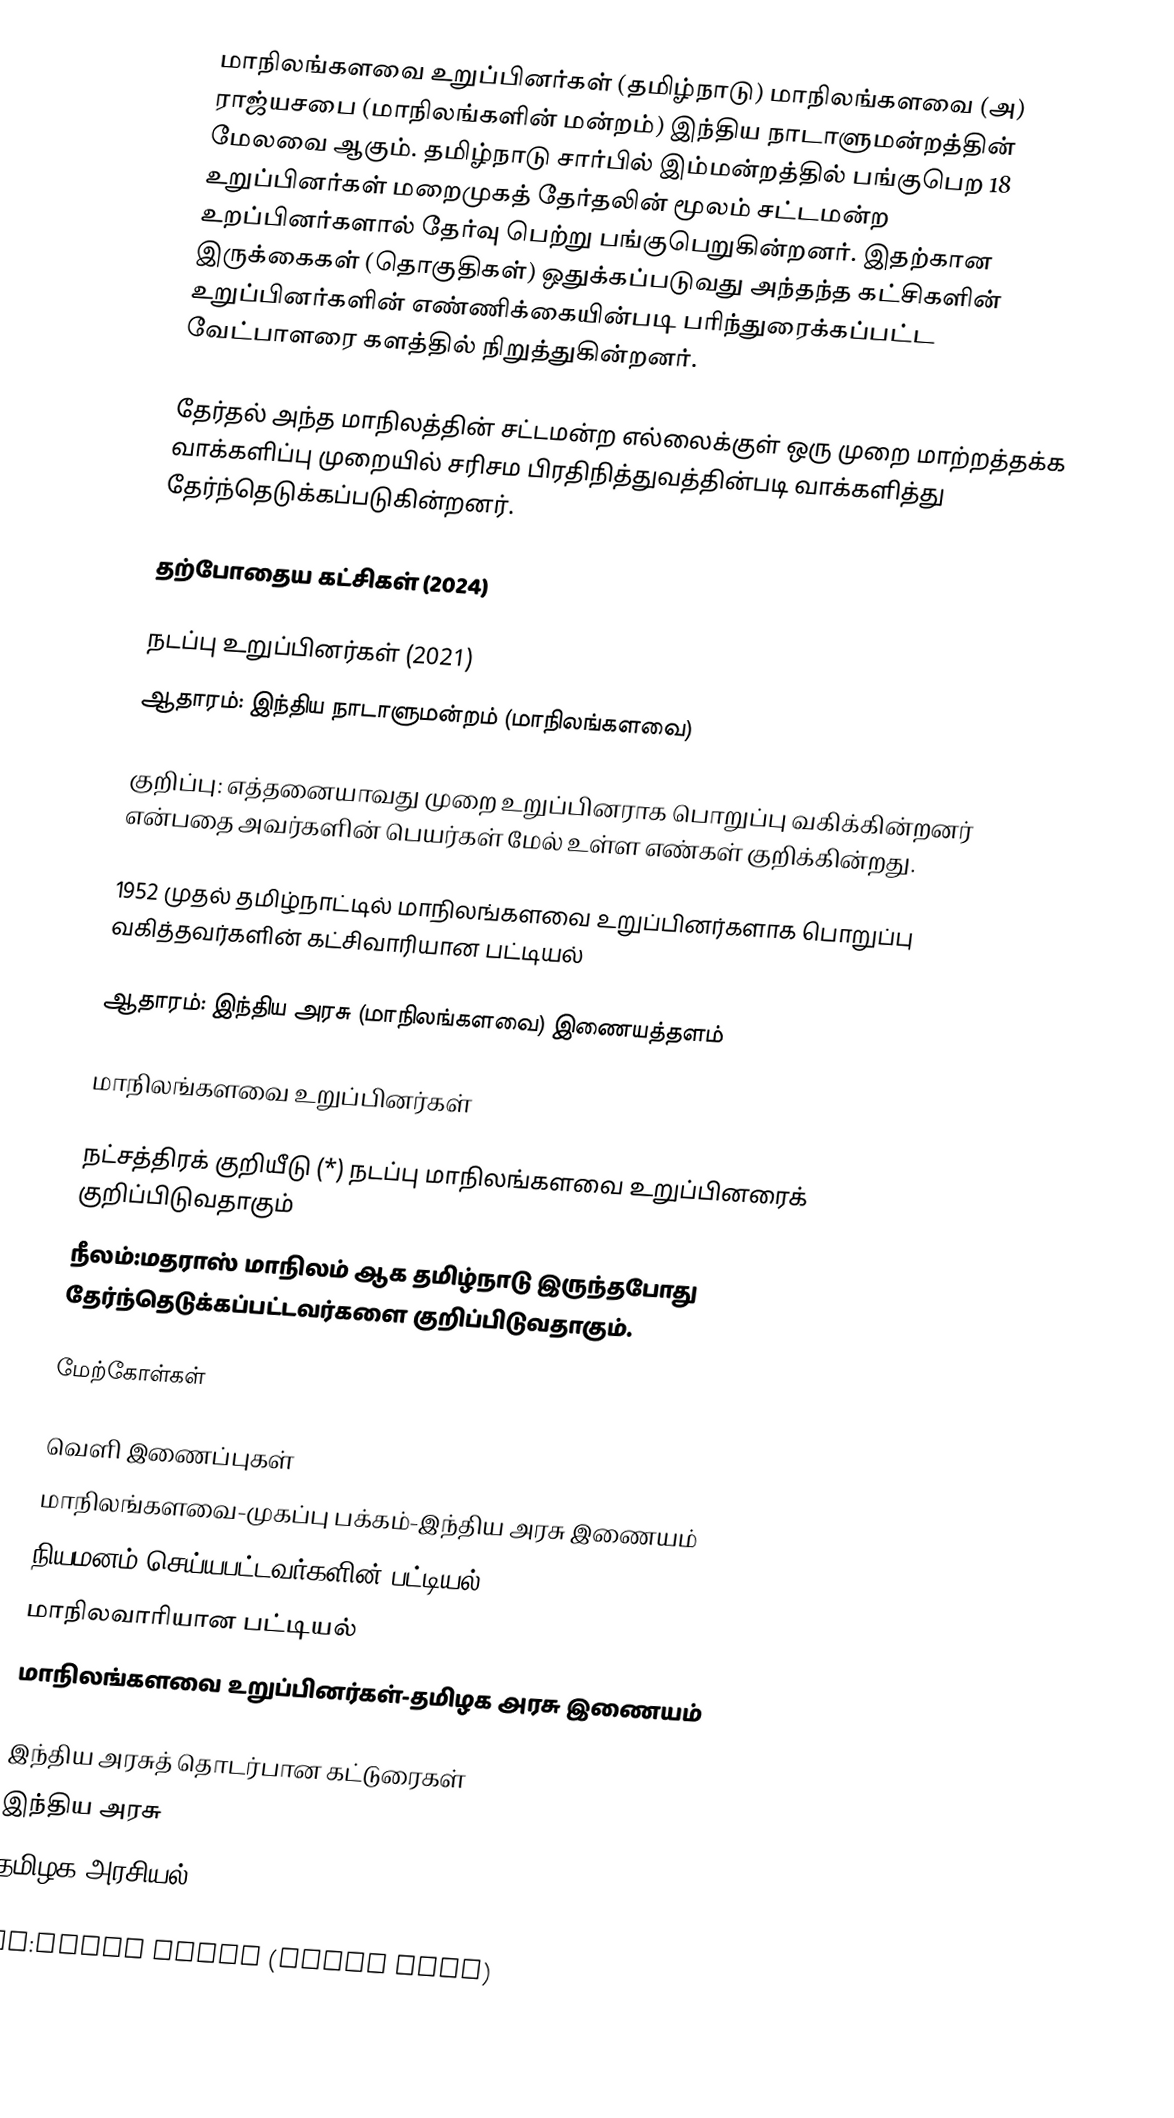
மாநிலங்களவை உறுப்பினர்கள் (தமிழ்நாடு) மாநிலங்களவை (அ) ராஜ்யசபை (மாநிலங்களின் மன்றம்) இந்திய நாடாளுமன்றத்தின் மேலவை ஆகும். தமிழ்நாடு சார்பில் இம்மன்றத்தில் பங்குபெற 18 உறுப்பினர்கள் மறைமுகத் தேர்தலின் மூலம் சட்டமன்ற உறப்பினர்களால் தேர்வு பெற்று பங்குபெறுகின்றனர். இதற்கான இருக்கைகள் (தொகுதிகள்) ஒதுக்கப்படுவது அந்தந்த கட்சிகளின் உறுப்பினர்களின் எண்ணிக்கையின்படி பரிந்துரைக்கப்பட்ட வேட்பாளரை களத்தில் நிறுத்துகின்றனர்.

தேர்தல் அந்த மாநிலத்தின் சட்டமன்ற எல்லைக்குள் ஒரு முறை மாற்றத்தக்க வாக்களிப்பு முறையில் சரிசம பிரதிநித்துவத்தின்படி வாக்களித்து தேர்ந்தெடுக்கப்படுகின்றனர்.

தற்போதைய கட்சிகள் (2024)

நடப்பு உறுப்பினர்கள் (2021)
ஆதாரம்: இந்திய நாடாளுமன்றம் (மாநிலங்களவை)

 குறிப்பு: எத்தனையாவது முறை உறுப்பினராக பொறுப்பு வகிக்கின்றனர் என்பதை அவர்களின் பெயர்கள் மேல் உள்ள எண்கள் குறிக்கின்றது.

1952 முதல் தமிழ்நாட்டில் மாநிலங்களவை உறுப்பினர்களாக பொறுப்பு வகித்தவர்களின் கட்சிவாரியான பட்டியல்

ஆதாரம்: இந்திய அரசு (மாநிலங்களவை) இணையத்தளம்

மாநிலங்களவை உறுப்பினர்கள்

 நட்சத்திரக் குறியீடு (*) நடப்பு மாநிலங்களவை உறுப்பினரைக் குறிப்பிடுவதாகும்
 நீலம்:மதராஸ் மாநிலம் ஆக தமிழ்நாடு இருந்தபோது தேர்ந்தெடுக்கப்பட்டவர்களை குறிப்பிடுவதாகும்.

மேற்கோள்கள்

வெளி இணைப்புகள்
மாநிலங்களவை-முகப்பு பக்கம்-இந்திய அரசு இணையம்
நியமனம் செய்யபட்டவர்களின் பட்டியல்
மாநிலவாரியான பட்டியல்
மாநிலங்களவை உறுப்பினர்கள்-தமிழக அரசு இணையம்

இந்திய அரசுத் தொடர்பான கட்டுரைகள்
இந்திய அரசு
தமிழக அரசியல்

en:Rajya Sabha (Tamil Nadu)